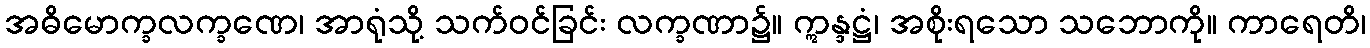
အဓိမောက္ခလက္ခဏေ၊ အာရုံသို့ သက်ဝင်ခြင်း လက္ခဏာ၌။ ဣန္ဒဋ္ဌံ၊ အစိုးရသော သဘောကို။ ကာရေတိ၊